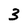
Character: 3